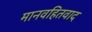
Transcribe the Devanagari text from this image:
मानवहितवाद